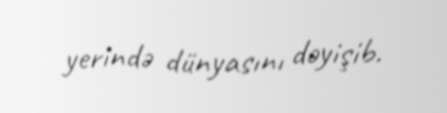
yerində dünyasını dəyişib.